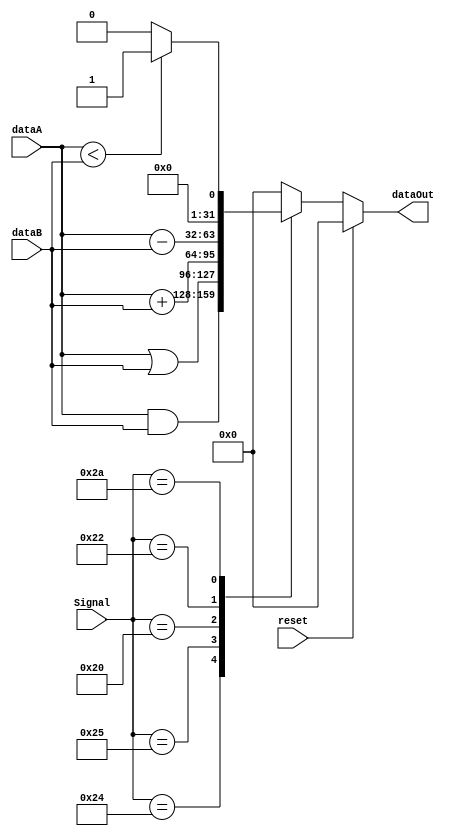
`timescale 1ns/1ns
module ALU( dataA, dataB, Signal, dataOut, reset );
input reset ;
input [31:0] dataA ;
input [31:0] dataB ;
input [5:0] Signal ;
output [31:0] dataOut ;

//   Signal ( 6-bits)?
//   AND  : 36
//   OR   : 37
//   ADD  : 32
//   SUB  : 34
//   SLT  : 42

reg [31:0] temp ;

parameter AND = 6'b100100;
parameter OR  = 6'b100101;
parameter ADD = 6'b100000;
parameter SUB = 6'b100010;
parameter SLT = 6'b101010;
/*
wqUT
*/

/*
=====================================================
UdA{gvWkg
=====================================================
*/
always@( dataA or dataB or Signal or reset )
begin
        if ( reset )
        begin
                temp = 32'b0 ;
        end 
/*
resetT pGOresetNk0
*/
        else
        begin
		case ( Signal )
		AND:
		begin
			temp = dataA & dataB ;
		end
		OR:
		begin
			temp = dataA | dataB ;
		end
		ADD:
		begin
			temp = dataA + dataB ;
		end
		SUB:
		begin
			temp = dataA - dataB ;
		end
		SLT:
		begin
			if ( dataA < dataB )
				temp = 1 ;
			else
				temp = 0 ;
		end
		default: temp = 32'b0 ;	
	
		endcase
	end
/*
WocaseObTBz
OisignalPB
Mis
*/
end
assign dataOut = temp ;
/*
=====================================================
WdA{gvWkg
=====================================================
*/

endmodule